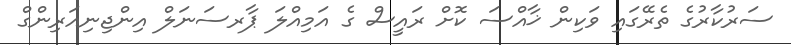
ސަރުކާރުގެ ތެރޭގައި ވަކިން ޚާއްސަ ކޮށް ރައީސް ގެ އަމިއްލަ ޕާރސަނަލް އިންޖިނިއަރިންގް